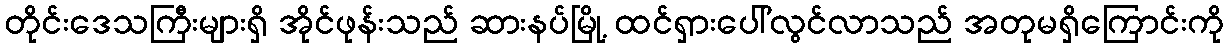
တိုင်းဒေသကြီးများရှိ အိုင်ဖုန်းသည် ဆားနပ်မြို့ ထင်ရှားပေါ်လွင်လာသည် အတုမရှိကြောင်းကို